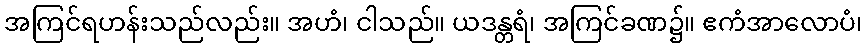
အကြင်ရဟန်းသည်လည်း။ အဟံ၊ ငါသည်။ ယဒန္တရံ၊ အကြင်ခဏ၌။ ဧကံအာလောပံ၊